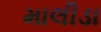
માલીડા